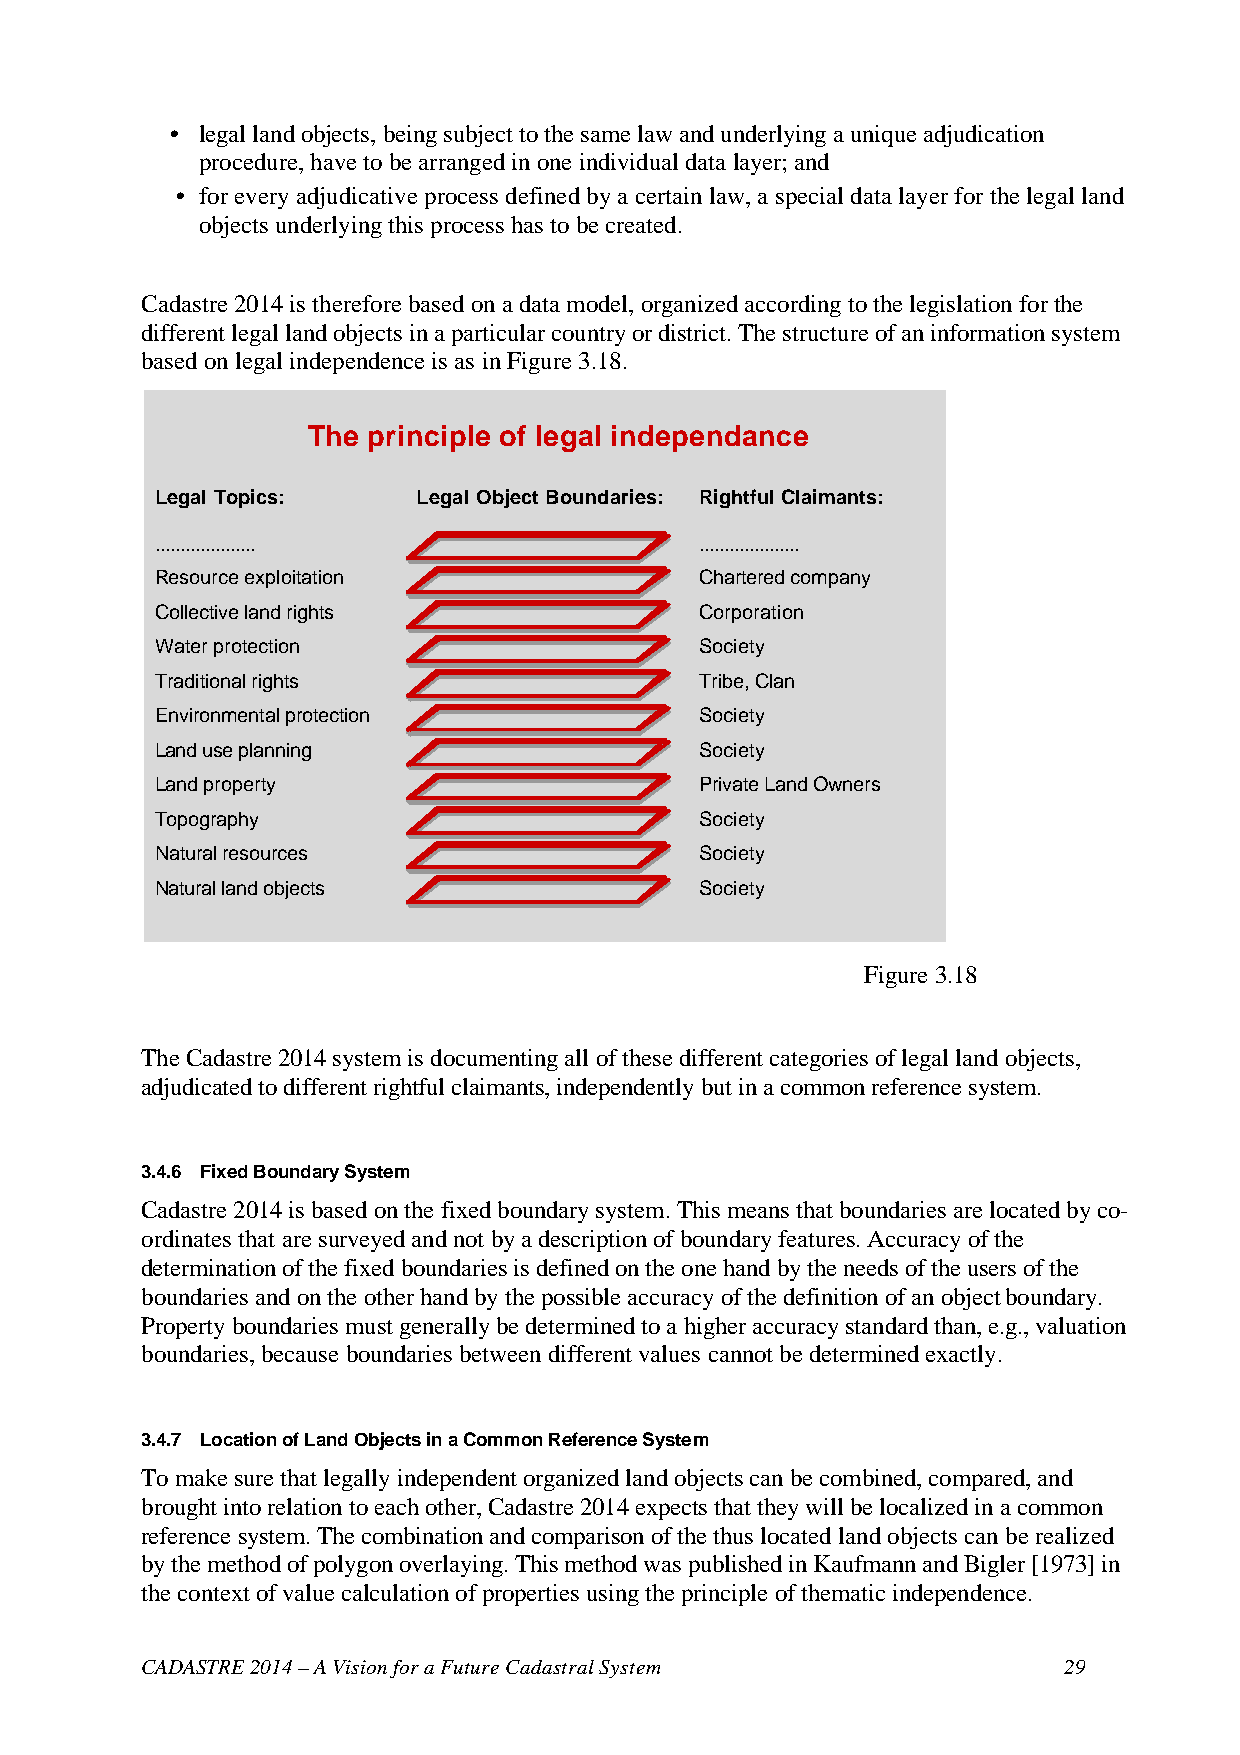
• legal land objects, being subject to the same law and underlying a unique adjudication
 procedure, have to be arranged in one individual data layer; and
 • for every adjudicative process defined by a certain law, a special data layer for the legal land
 objects underlying this process has to be created.
 Cadastre 2014 is therefore based on a data model, organized according to the legislation for the
 different legal land objects in a particular country or district. The structure of an information system
 based on legal independence is as in Figure 3.18.
 The principle of legal independance
 Legal Topics:     Legal Object Boundaries: Rightful Claimants:
 ....................                ....................
 Resource exploitation               Chartered company
 Collective land rights              Corporation
 Water protection                    Society
 Traditional rights                  Tribe, Clan
 Environmental protection            Society
 Land use planning                   Society
 Land property                       Private Land Owners
 Topography                          Society
 Natural resources                   Society
 Natural land objects                Society
 Figure 3.18
 The Cadastre 2014 system is documenting all of these different categories of legal land objects,
 adjudicated to different rightful claimants, independently but in a common reference system.
 3.4.6 Fixed Boundary System
 Cadastre 2014 is based on the fixed boundary system. This means that boundaries are located by co-
 ordinates that are surveyed and not by a description of boundary features. Accuracy of the
 determination of the fixed boundaries is defined on the one hand by the needs of the users of the
 boundaries and on the other hand by the possible accuracy of the definition of an object boundary.
 Property boundaries must generally be determined to a higher accuracy standard than, e.g., valuation
 boundaries, because boundaries between different values cannot be determined exactly.
 3.4.7 Location of Land Objects in a Common Reference System
 To make sure that legally independent organized land objects can be combined, compared, and
 brought into relation to each other, Cadastre 2014 expects that they will be localized in a common
 reference system. The combination and comparison of the thus located land objects can be realized
 by the method of polygon overlaying. This method was published in Kaufmann and Bigler [1973] in
 the context of value calculation of properties using the principle of thematic independence.
 CADASTRE 2014 – A Vision for a Future Cadastral System       29